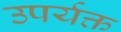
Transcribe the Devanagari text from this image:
उपर्यक्त